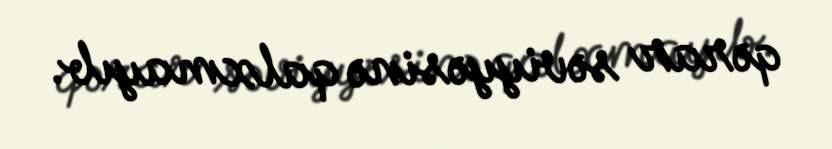
qərar səviyyəsinə qalxmayıb.